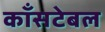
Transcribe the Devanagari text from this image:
काँसटेबल